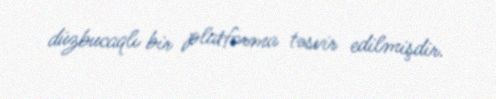
düzbucaqlı bir platforma təsvir edilmişdir.